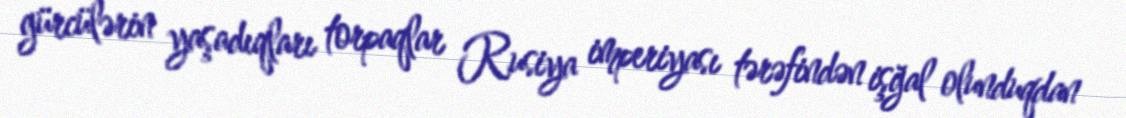
gürcülərin yaşadıqları torpaqlar Rusiya imperiyası tərəfindən işğal olunduqdan